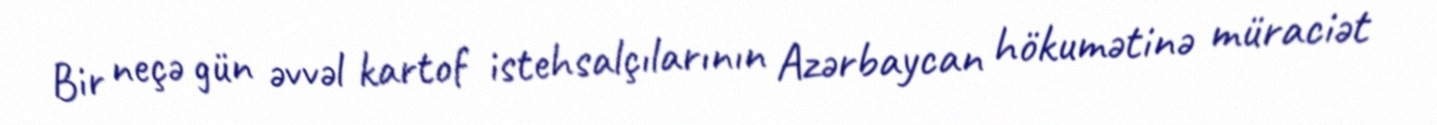
Bir neçə gün əvvəl kartof istehsalçılarının Azərbaycan hökumətinə müraciət